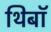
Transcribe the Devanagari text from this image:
थिबॉ